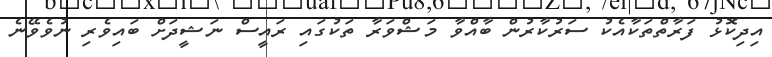
އިދިކޮޅު ފަރާތްތަކާއެކު ސަރުކާރުން ބާއްވާ މަޝްވަރާ ތަކުގައި ރައީސް ނަޝީދަށް ބައިވެރި ނުވެވޭނެ